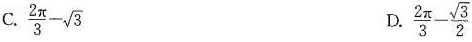
C.$$\frac{ 2 \pi }{ 3 } - \sqrt{ 3 }$$ D.$$\frac{ 2 \pi }{ 3 } - \frac{ \sqrt{ 3 }}{ 2 }$$